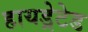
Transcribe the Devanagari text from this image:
हायड्रेटेड